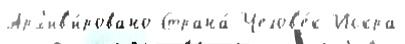
Арх'ив'и́ровано Страна́ Челов'е́к Искра